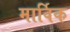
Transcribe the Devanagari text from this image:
मार्विक